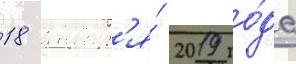
18 январ'я́ 2019 го́да